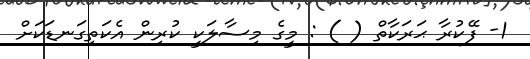
1- ފޭކުރާ ޙަރަކާތް ( ) : މީގެ މިސާލަކީ ކުރިން އެކަތިގަނޑަކަށް